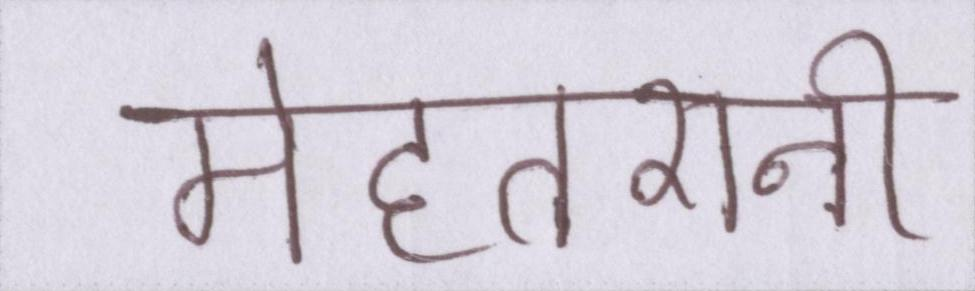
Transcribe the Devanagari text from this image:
मेहतरानी